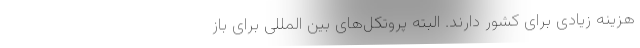
هزینه زیادی برای کشور دارند. البته پروتکل‌های بین المللی برای باز